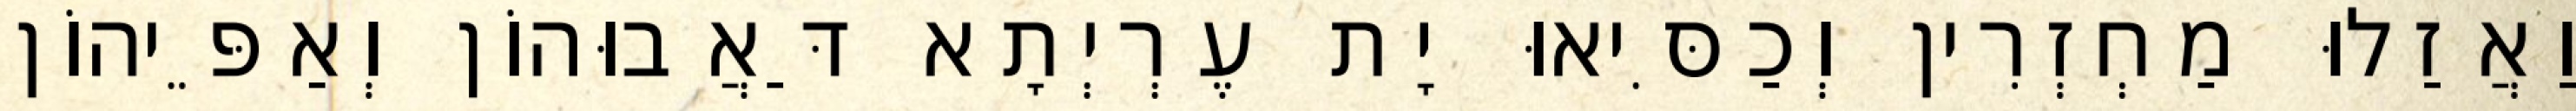
וַאֲזַלוּ מַחְזְרִין וְכַסִּיאוּ יָת עֶרְיְתָא דַּאֲבוּהוֹן וְאַפֵּיהוֹן